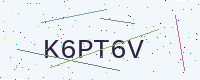
Text: K6PT6V